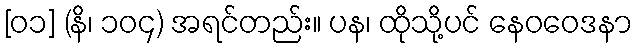
[၀၁] (နိ၊ ၁၀၄) အရင်တည်း။ ပန၊ ထိုသို့ပင် နေဝဝေဒနာ